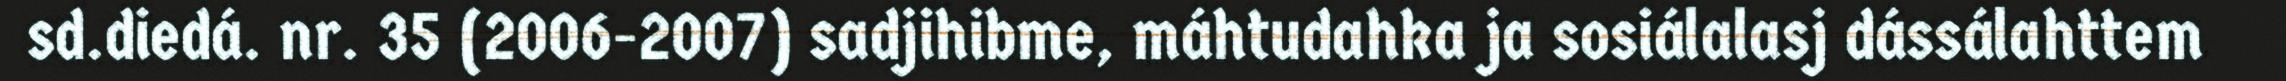
sd.diedá. nr. 35 (2006-2007) sadjihibme, máhtudahka ja sosiálalasj dássálahttem